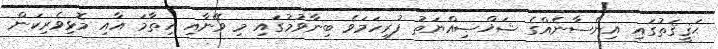
ޙަޤީޤަތުގައި އިންސާނެއްގެ ޝަޚްޞިއްޔަތު ފުރިހަމަވެ ބިނާވުމުގައި މި ވޭނާއި ހިތާމަ އާއި މޮޅިވެރިކަން